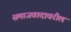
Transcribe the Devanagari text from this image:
समाजवादावरील